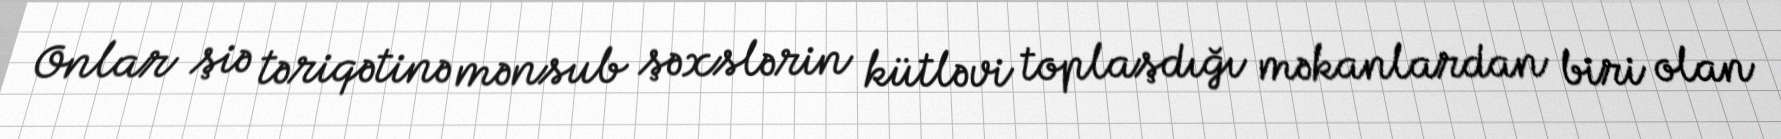
Onlar şiə təriqətinə mənsub şəxslərin kütləvi toplaşdığı məkanlardan biri olan